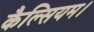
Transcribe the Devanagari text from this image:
कैल्सियम।